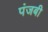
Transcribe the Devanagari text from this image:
पंजबी